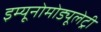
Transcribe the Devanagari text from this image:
इम्यूनोमोड्यूलेट्री